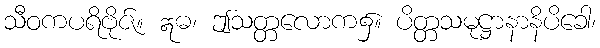
သီဝကပရိဗိုဇ်။ ဣဓ၊ ဤသတ္တလောက၌။ ပိတ္တသမုဋ္ဌာနာနိပိခေါ၊